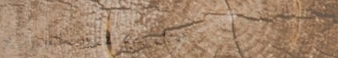
محل بيع الأدوات المنزلية: